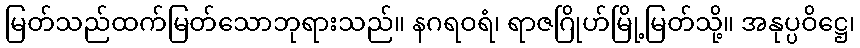
မြတ်သည်ထက်မြတ်သောဘုရားသည်။ နဂရဝရံ၊ ရာဇဂြိုဟ်မြို့မြတ်သို့။ အနုပ္ပဝိဋ္ဌေ၊